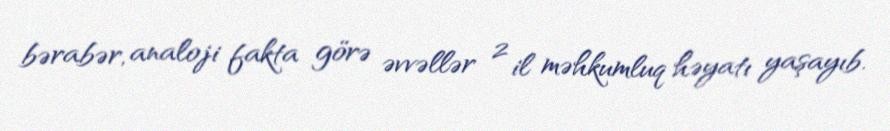
bərabər, analoji fakta görə əvvəllər 2 il məhkumluq həyatı yaşayıb.